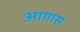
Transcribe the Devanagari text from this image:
आग़ास